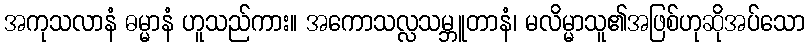
အကုသလာနံ ဓမ္မာနံ ဟူသည်ကား။ အကောသလ္လသမ္ဘူတာနံ၊ မလိမ္မာသူ၏အဖြစ်ဟုဆိုအပ်သော